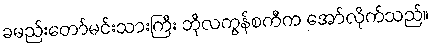
ခမည်းတော်မင်းသားကြီး ဘိုလကွန်စကီက အော်လိုက်သည်။